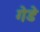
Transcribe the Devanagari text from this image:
गेडे